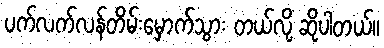
ပက်လက်လန်တိမ်းမှောက်သွား တယ်လို့ ဆိုပါတယ်။